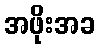
အဖိုးအခ